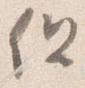
但